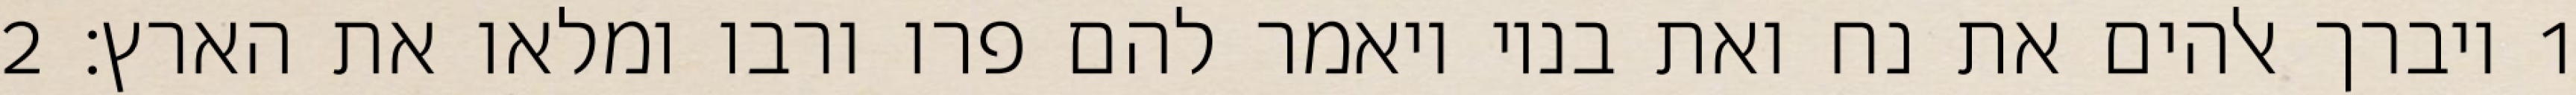
1 ויברך אלהים את נח ואת בניו ויאמר להם פרו ורבו ומלאו את הארץ׃ ‎2‏